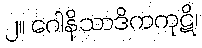
၂။ ဂေါနိသာဒိကကုဋိ၊